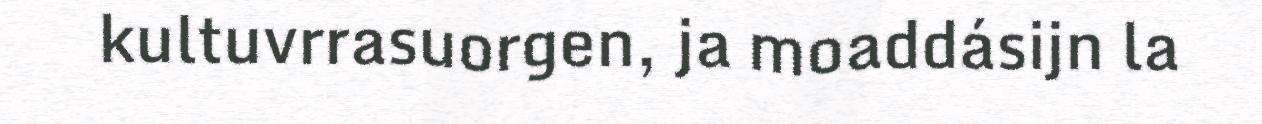
kultuvrrasuorgen, ja moaddásijn la